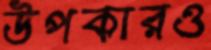
উপকারও